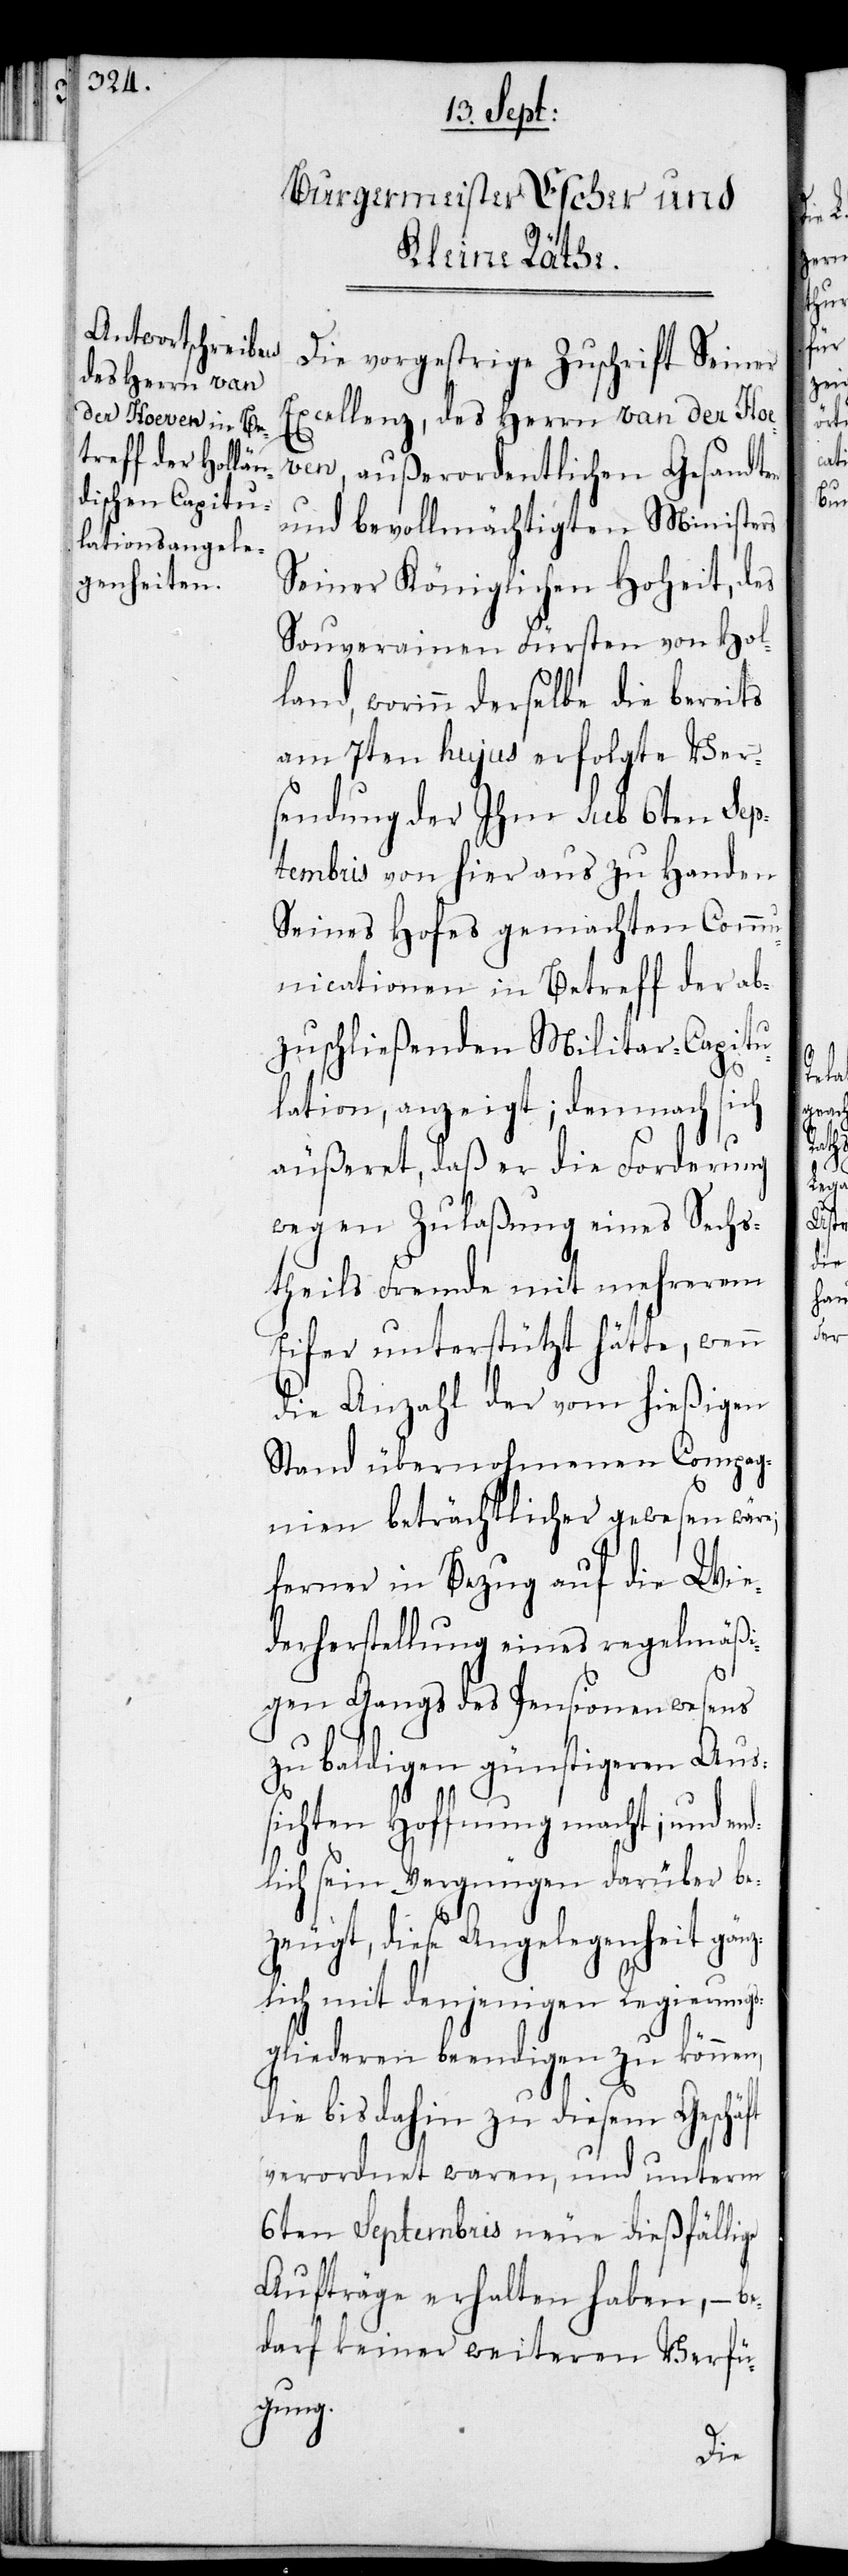
Die vorgestrige Zuschrift Seiner
Excellenz, des Herrn van der Ho¬
even, außerordentlichen Gesandten
und bevollmächtigten Ministers
Seiner Königlichen Hoheit, des
Souverainen Fürsten von Hol¬
land, worinn derselbe die bereits
am 7ten hujus erfolgte Ver¬
sendung der Ihm sub 6ten Sep¬
tembris von hier aus zu Handen
Seines Hofes gemachten Commu¬
nication in Betreff der ab¬
zuschließenden Militar-Capitu¬
lation, anzeigt; demnach sich
äußeret, daß er die Forderung
wegen Zulaßung eines Sechs¬
theils Fremde mit mehrerem
Eifer unterstützt hätte, wenn
die Anzahl der von hießigem
Stand übernohmenen Compag¬
nien beträchtlicher gewesen wäre;
ferner in Bezug auf die Wie¬
derherstellung eines regelmäßi¬
gen Gangs des Pensionenwesens
zu baldigen günstigeren Aus¬
sichten Hoffnung macht; und end¬
lich sein Vergnügen darüber be¬
zeugt, diese Angelegenheit gänz¬
lich mit denjenigen Regierungs¬
gliederen beendigen zu können,
die bis dahin zu diesem Geschäft
verordnet waren, und unterm
6ten Septembris neue dießfällige
Aufträge erhalten haben, – be¬
darf keiner weiteren Verfü¬
gung.